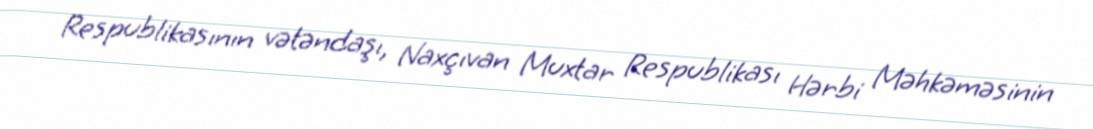
Respublikasının vətəndaşı, Naxçıvan Muxtar Respublikası Hərbi Məhkəməsinin